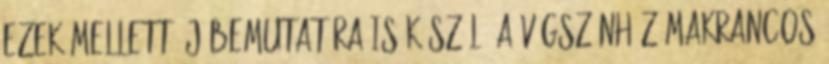
Ezek mellett új bemutatóra is készül: a Vígszínház Makrancos